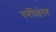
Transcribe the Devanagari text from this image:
वर्णविक्षेपण